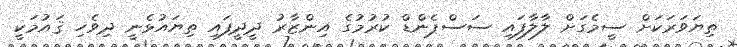
ތިޔަވަރަކަށް ސީމެގަށް ލާލާފައި ސަސްޕެންޑް ކުރުމުގެ އިންޒާރު ދީދީފައި ތިޔައުޅެނީ ދިވެހި ޤައުމަކީ